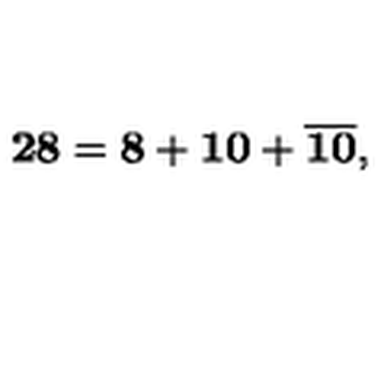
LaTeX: { \bf 2 8 } = { \bf 8 } + { \bf 1 0 } + { \overline { { \bf 1 0 } } } ,